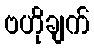
ဗဟိုချက်